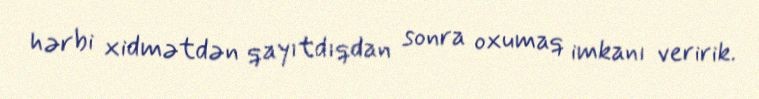
hərbi xidmətdən qayıtdıqdan sonra oxumaq imkanı veririk.